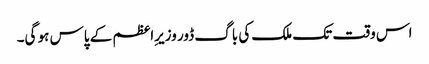
اس وقت تک ملک کی باگ ڈور وزیرِاعظم کے پاس ہو گی۔